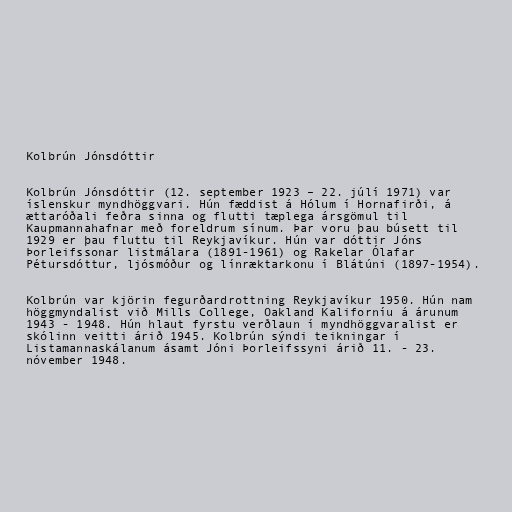
Kolbrún Jónsdóttir

Kolbrún Jónsdóttir (12. september 1923 – 22. júlí 1971) var
íslenskur myndhöggvari. Hún fæddist á Hólum í Hornafirði, á
ættaróðali feðra sinna og flutti tæplega ársgömul til
Kaupmannahafnar með foreldrum sínum. Þar voru þau búsett til
1929 er þau fluttu til Reykjavíkur. Hún var dóttir Jóns
Þorleifssonar listmálara (1891-1961) og Rakelar Ólafar
Pétursdóttur, ljósmóður og línræktarkonu í Blátúni (1897-1954).

Kolbrún var kjörin fegurðardrottning Reykjavíkur 1950. Hún nam
höggmyndalist við Mills College, Oakland Kaliforníu á árunum
1943 - 1948. Hún hlaut fyrstu verðlaun í myndhöggvaralist er
skólinn veitti árið 1945. Kolbrún sýndi teikningar í
Listamannaskálanum ásamt Jóni Þorleifssyni árið 11. - 23.
nóvember 1948.